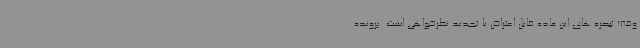
وقف تبصره های این ماده قابل اعتراض یا تجدید نظرخواهی است‌. پرونده